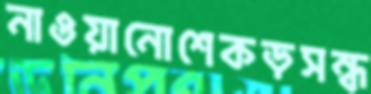
নাওয়ানোশেকড়সন্ধ